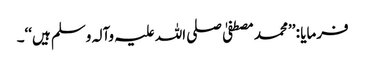
فرمایا : ’’محمد مصطفیٰ صلی اللہ علیہ وآلہ وسلم ہیں‘‘۔